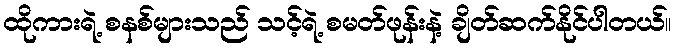
ထိုကားရဲ့ စနစ်များသည် သင့်ရဲ့ စမတ်ဖုန်းနဲ့ ချိတ်ဆက်နိုင်ပါတယ်။